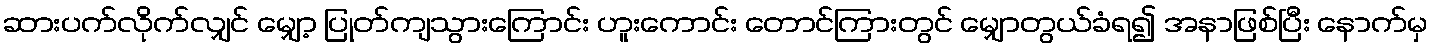
ဆားပက်လိုက်လျှင် မျှော့ ပြုတ်ကျသွားကြောင်း ဟူးကောင်း တောင်ကြားတွင် မျှောတွယ်ခံရ၍ အနာဖြစ်ပြီး နောက်မှ